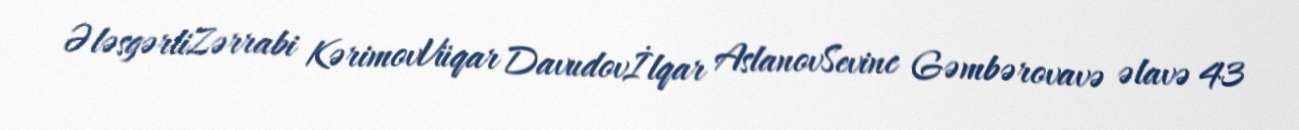
ƏləsgərliZərrabi KərimovVüqar Davudovİlqar AslanovSevinc Gəmbərovavə əlavə 43